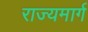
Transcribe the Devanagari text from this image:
राज्‍यमार्ग